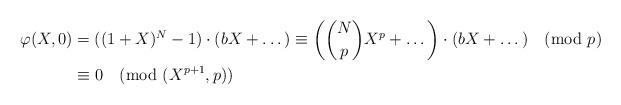
LaTeX: \begin{align*}\varphi(X,0) &= ((1+X)^N-1) \cdot (bX + \dots) \equiv \left(\binom{N}{p}X^p + \dots\right) \cdot (bX + \dots) \pmod{p} \\&\equiv 0 \pmod{(X^{p+1},p)}\end{align*}